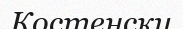
Костенски